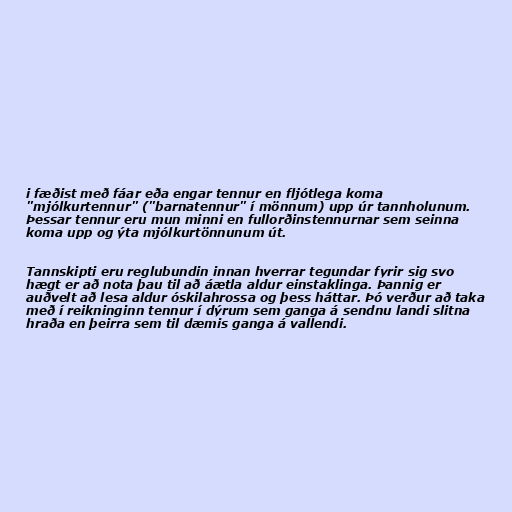
i fæðist með fáar eða engar tennur en fljótlega koma
"mjólkurtennur" ("barnatennur" í mönnum) upp úr tannholunum.
Þessar tennur eru mun minni en fullorðinstennurnar sem seinna
koma upp og ýta mjólkurtönnunum út.

Tannskipti eru reglubundin innan hverrar tegundar fyrir sig svo
hægt er að nota þau til að áætla aldur einstaklinga. Þannig er
auðvelt að lesa aldur óskilahrossa og þess háttar. Þó verður að taka
með í reikninginn tennur í dýrum sem ganga á sendnu landi slitna
hraða en þeirra sem til dæmis ganga á vallendi.